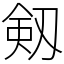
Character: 剱